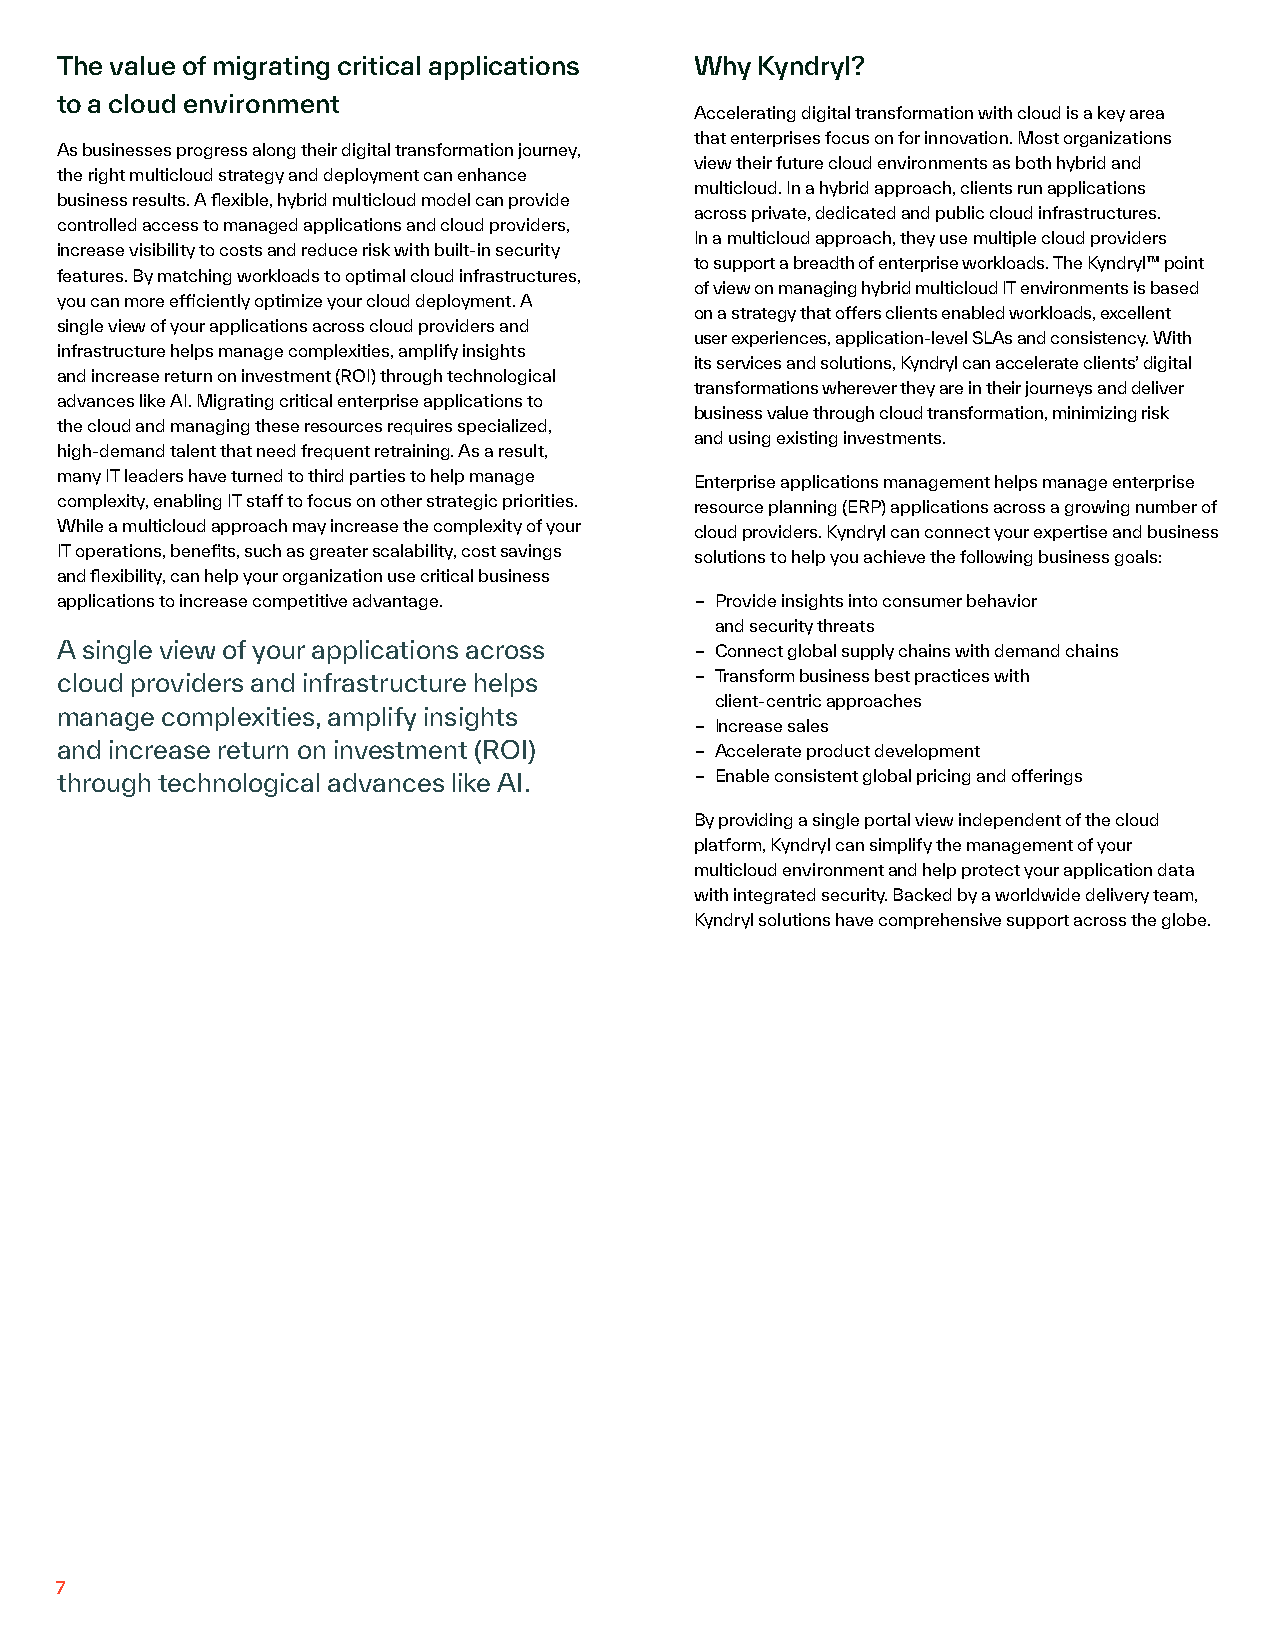
The value of migrating critical applications Why Kyndryl?
 to a cloud environment
 Accelerating digital transformation with cloud is a key area
 that enterprises focus on for innovation. Most organizations
 As businesses progress along their digital transformation journey,
 view their future cloud environments as both hybrid and
 the right multicloud strategy and deployment can enhance
 multicloud. In a hybrid approach, clients run applications
 business results. A flexible, hybrid multicloud model can provide
 across private, dedicated and public cloud infrastructures.
 controlled access to managed applications and cloud providers,
 In a multicloud approach, they use multiple cloud providers
 increase visibility to costs and reduce risk with built-in security
 to support a breadth of enterprise workloads. The Kyndryl™ point
 features. By matching workloads to optimal cloud infrastructures,
 of view on managing hybrid multicloud IT environments is based
 you can more efficiently optimize your cloud deployment. A
 on a strategy that offers clients enabled workloads, excellent
 single view of your applications across cloud providers and
 user experiences, application-level SLAs and consistency. With
 infrastructure helps manage complexities, amplify insights
 its services and solutions, Kyndryl can accelerate clients’ digital
 and increase return on investment (ROI) through technological
 transformations wherever they are in their journeys and deliver
 advances like AI. Migrating critical enterprise applications to
 business value through cloud transformation, minimizing risk
 the cloud and managing these resources requires specialized,
 and using existing investments.
 high-demand talent that need frequent retraining. As a result,
 many IT leaders have turned to third parties to help manage Enterprise applications management helps manage enterprise
 complexity, enabling IT staff to focus on other strategic priorities. resource planning (ERP) applications across a growing number of
 While a multicloud approach may increase the complexity of your cloud providers. Kyndryl can connect your expertise and business
 IT operations, benefits, such as greater scalability, cost savings solutions to help you achieve the following business goals:
 and flexibility, can help your organization use critical business
 applications to increase competitive advantage. – Provide insights into consumer behavior
 and security threats
 A single view of your applications across – Connect global supply chains with demand chains
 cloud providers and infrastructure helps  – Transform business best practices with
 client-centric approaches
 manage complexities, amplify insights
 – Increase sales
 and increase return on investment (ROI)   – Accelerate product development
 through technological advances like AI.   – Enable consistent global pricing and offerings
 By providing a single portal view independent of the cloud
 platform, Kyndryl can simplify the management of your
 multicloud environment and help protect your application data
 with integrated security. Backed by a worldwide delivery team,
 Kyndryl solutions have comprehensive support across the globe.
 7